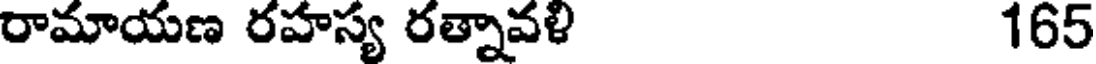
రామాయణ రహస్య రత్నావళి 165